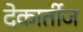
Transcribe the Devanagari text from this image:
देकार्तीज